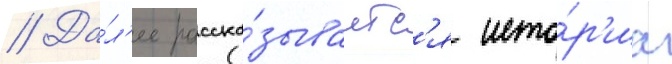
// Да́л'ее расска́зываетс'я исто́р'иа